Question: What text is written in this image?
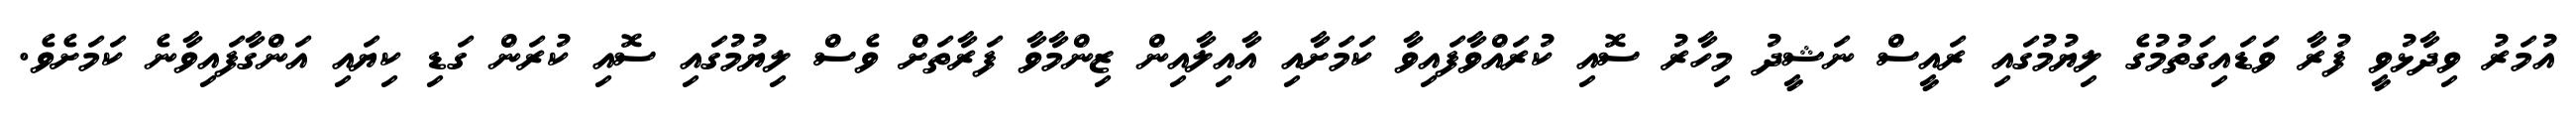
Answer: އުމަރު ވިދާޅުވީ ފުރާ ވަޑައިގަތުމުގެ ލިޔުމުގައި ރައީސް ނަޝީދު މިހާރު ސޮއި ކުރައްވާފައިވާ ކަމަށާއި އާއިލާއިން ޒިންމާވާ ފަރާތަށް ވެސް ލިޔުމުގައި ސޮއި ކުރަން ގަޑި ކިޔައި އަންގާފައިވާނެ ކަމަށެވެ.